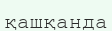
қашқанда